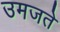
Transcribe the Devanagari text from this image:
उमजते